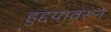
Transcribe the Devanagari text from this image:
हुद्दयावरून